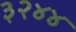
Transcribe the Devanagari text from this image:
३२४४